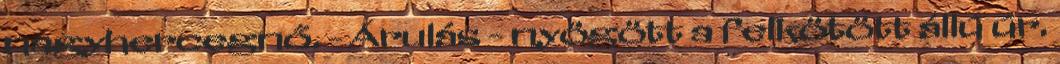
nagyhercegnő. - Árulás - nyögött a felkötött állú úr.